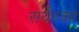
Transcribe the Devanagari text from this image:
सर्यरका